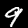
Label: 9